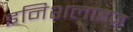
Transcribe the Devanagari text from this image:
इनिशलाइज़